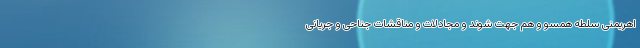
اهریمنی سلطه همسو و هم جهت شوند و مجادلات و مناقشات جناحی و جریانی